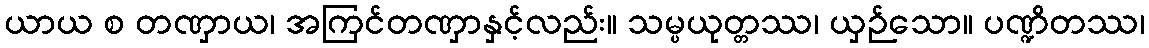
ယာယ စ တဏှာယ၊ အကြင်တဏှာနှင့်လည်း။ သမ္ပယုတ္တဿ၊ ယှဉ်သော။ ပဏ္ဍိတဿ၊